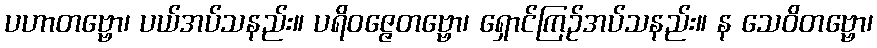
ပဟာတဗ္ဗော၊ ပယ်အပ်သနည်း။ ပရိဝဇ္ဇေတဗ္ဗော၊ ရှောင်ကြဉ်အပ်သနည်း။ န သေဝိတဗ္ဗော၊